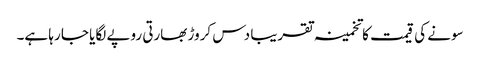
سونے کی قیمت کا تخمینہ تقریبا دس کروڑ بھارتی روپے لگایا جا رہا ہے۔